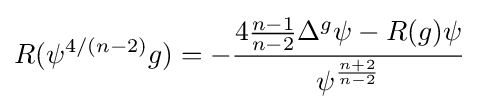
R(\psi ^{4/(n-2)}g)=-{\frac {4{\frac {n-1}{n-2}}\Delta ^{g}\psi -R(g)\psi }{\psi ^{\frac {n+2}{n-2}}}}